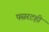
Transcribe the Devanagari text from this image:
पसरटही